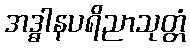
အဒ္ဓါနပရိညာသုတ္တံ